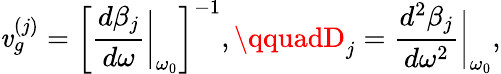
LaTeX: {\mathit{v}_{g}^{(j)}}=\left[\frac{{d\beta_{j}}}{{d\omega}}\bigg\rvert_{\omega_{0}}\right]^{-1},\qquadD_{j}=\frac{{d^{2}\beta_{j}}}{{d\omega^{2}}}\bigg\rvert_{\omega_{0}},